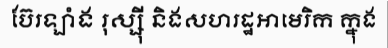
ប៊ែរឡាំង រុស្ស៊ី និងសហរដ្ឋអាមេរិក ក្នុង